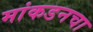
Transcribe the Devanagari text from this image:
मांकडनचा